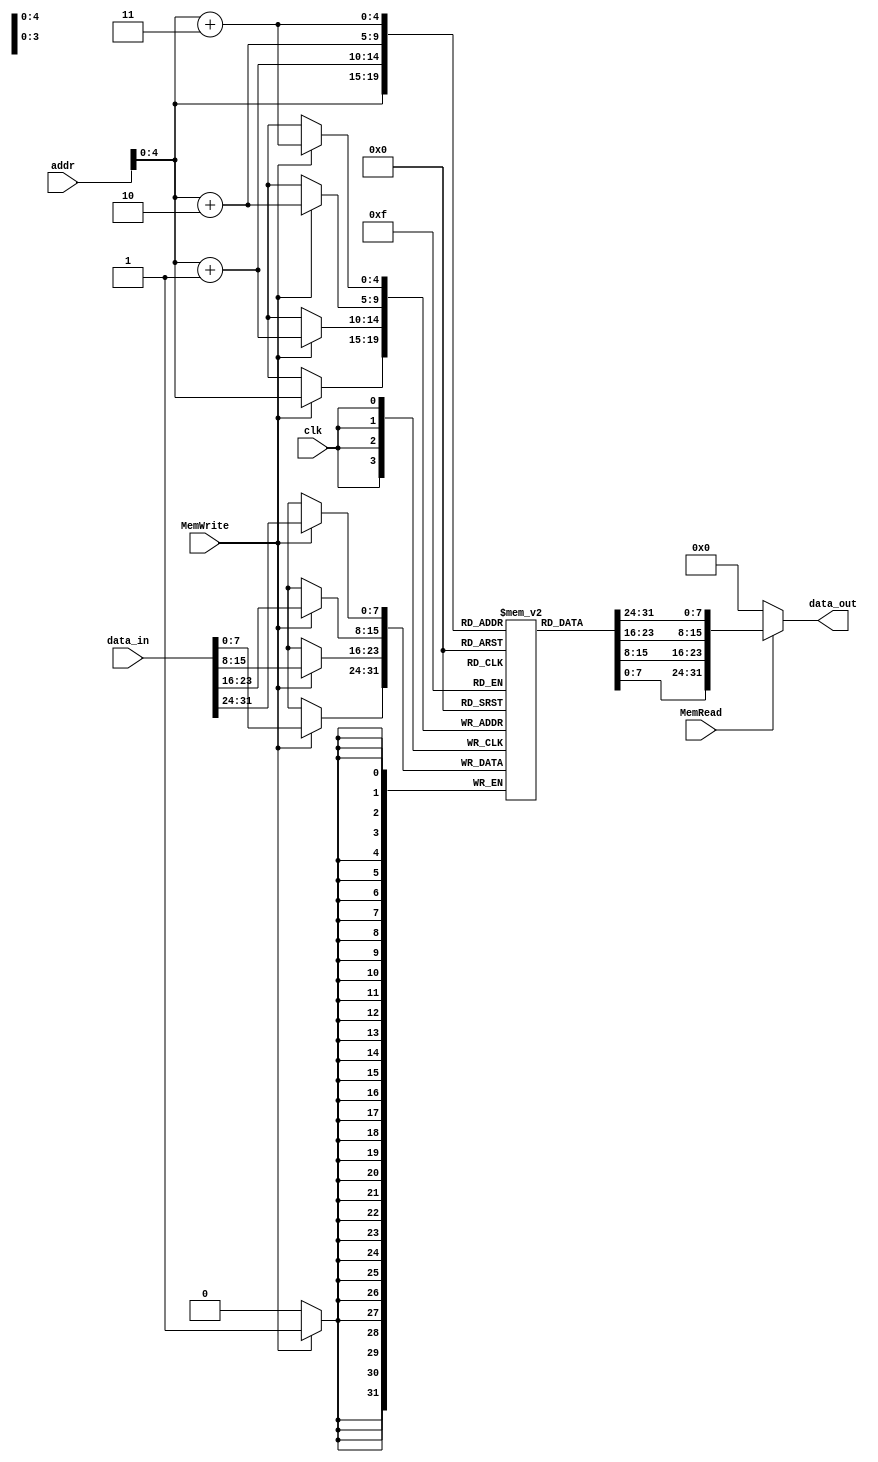
// UCA 2010
//=========================================================
// Data memory
//=========================================================

module Data_Memory(
    clk,
    addr,
    data_in,
    MemRead,
    MemWrite,
    data_out
);

// Interface
input           clk;
input   [31:0]  addr;
input   [31:0]  data_in;
input           MemRead;
input           MemWrite;
output  [31:0]  data_out;

// Data memory is byte-addressable, data are byte-aligned
// Data memory with 32 Bytes
// Data address range: 0x00 ~ 0x1F
parameter MEM_SIZE=32;
reg	    [7:0]   memory  [0:MEM_SIZE-1];

// Write Data      
always @(posedge clk)
begin
    if (MemWrite)
    begin
        memory[addr+3] <= data_in[31:24];
        memory[addr+2] <= data_in[23:16];
        memory[addr+1] <= data_in[15:8];
        memory[addr]   <= data_in[7:0];
    end
end

// Read Data      
assign  data_out = (MemRead) ? {memory[addr+3], memory[addr+2], memory[addr+1], memory[addr]} : 32'b0;

endmodule